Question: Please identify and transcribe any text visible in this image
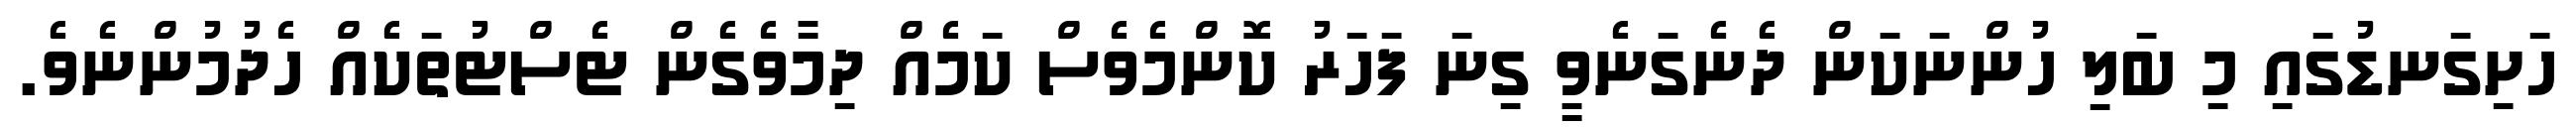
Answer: ހަށިގަނޑުގައި މި ބަލި ހުންނަކަން ދެނެގަނެވީ ގިނަ ފަހަރު ކޮންމެވެސް ކަމެއް ދިމާވެގެން ޓެސްޓުތަކެއް ހެދުމުންނެވެ.